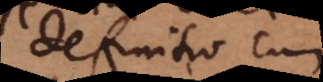
definitio cum